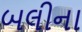
બલીના